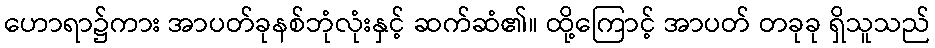
ဟောရာ၌ကား အာပတ်ခုနစ်ဘုံလုံးနှင့် ဆက်ဆံ၏။ ထို့ကြောင့် အာပတ် တခုခု ရှိသူသည်